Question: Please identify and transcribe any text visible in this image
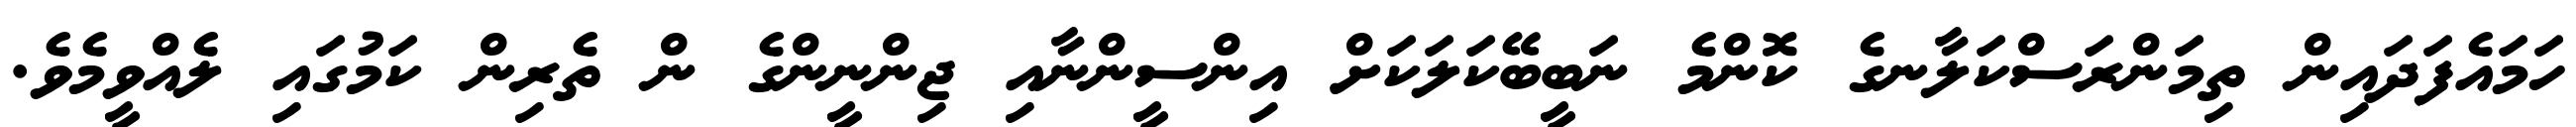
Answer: ހަމައެފަދައިން ތިމަންރަސްކަލާނގެ ކޮންމެ ނަބީބޭކަލަކަށް އިންސީންނާއި ޖިންނީންގެ ން ތެރިން ކަމުގައި ލެއްވީމެވެ.